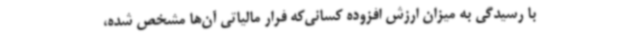
با رسیدگی به میزان ارزش افزوده کسانی‌که فرار مالیاتی آن‌ها مشخص شده‌،